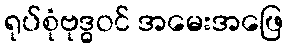
ရုပ်စုံဗုဒ္ဓဝင် အမေးအဖြေ